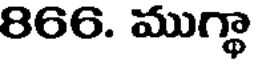
866. ముగ్థా